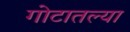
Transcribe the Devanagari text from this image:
गोटातल्या